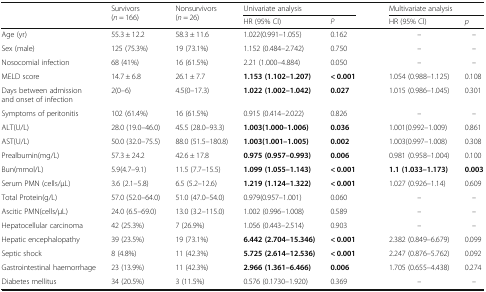
<table><thead><tr><td rowspan="2"></td><td rowspan="2"><b>Survivors(<i>n</i> = 166)</b></td><td rowspan="2"><b>Nonsurvivors(<i>n</i> = 26)</b></td><td colspan="2"><b>Univariate analysis</b></td><td rowspan="2"></td><td colspan="2"><b>Multivariate analysis</b></td></tr><tr><td><b>HR (95% Cl)</b></td><td><b><i>P</i></b></td><td><b>HR (95% Cl)</b></td><td><b><i>p</i></b></td></tr></thead><tbody><tr><td>Age (yr)</td><td>55.3 ± 12.2</td><td>58.3 ± 11.6</td><td>1.022(0.991–1.055)</td><td>0.162</td><td></td><td>–</td><td>–</td></tr><tr><td>Sex (male)</td><td>125 (75.3%)</td><td>19 (73.1%)</td><td>1.152 (0.484–2.742)</td><td>0.750</td><td></td><td>–</td><td>–</td></tr><tr><td>Nosocomial infection</td><td>68 (41%)</td><td>16 (61.5%)</td><td>2.21 (1.000–4.884)</td><td>0.050</td><td></td><td>–</td><td>–</td></tr><tr><td>MELD score</td><td>14.7 ± 6.8</td><td>26.1 ± 7.7</td><td><b>1.153 (1.102–1.207)</b></td><td><b>&lt; 0.001</b></td><td></td><td>1.054 (0.988–1.125)</td><td>0.108</td></tr><tr><td>Days between admission and onset of infection</td><td>2(0–6)</td><td>4.5(0–17.3)</td><td><b>1.022 (1.002–1.042)</b></td><td><b>0.027</b></td><td></td><td>1.015 (0.986–1.045)</td><td>0.301</td></tr><tr><td>Symptoms of peritonitis</td><td>102 (61.4%)</td><td>16 (61.5%)</td><td>0.915 (0.414–2.022)</td><td>0.826</td><td></td><td>–</td><td>–</td></tr><tr><td>ALT(U/L)</td><td>28.0 (19.0–46.0)</td><td>45.5 (28.0–93.3)</td><td><b>1.003(1.000–1.006)</b></td><td><b>0.036</b></td><td></td><td>1.001(0.992–1.009)</td><td>0.861</td></tr><tr><td>AST(U/L)</td><td>50.0 (32.0–75.5)</td><td>88.0 (51.5–180.8)</td><td><b>1.003(1.001–1.005)</b></td><td><b>0.002</b></td><td></td><td>1.003(0.997–1.008)</td><td>0.308</td></tr><tr><td>Prealbumin(mg/L)</td><td>57.3 ± 24.2</td><td>42.6 ± 17.8</td><td><b>0.975 (0.957–0.993)</b></td><td><b>0.006</b></td><td></td><td>0.981 (0.958–1.004)</td><td>0.100</td></tr><tr><td>Bun(mmol/L)</td><td>5.9(4.7–9.1)</td><td>11.5 (7.7–15.5)</td><td><b>1.099 (1.055–1.143)</b></td><td><b>&lt; 0.001</b></td><td></td><td><b>1.1 (1.033–1.173)</b></td><td><b>0.003</b></td></tr><tr><td>Serum PMN (cells/μL)</td><td>3.6 (2.1–5.8)</td><td>6.5 (5.2–12.6)</td><td><b>1.219 (1.124–1.322)</b></td><td><b>&lt; 0.001</b></td><td></td><td>1.027 (0.926–1.14)</td><td>0.609</td></tr><tr><td>Total Protein(g/L)</td><td>57.0 (52.0–64.0)</td><td>51.0 (47.0–54.0)</td><td>0.979(0.957–1.001)</td><td>0.060</td><td></td><td>–</td><td>–</td></tr><tr><td>Ascitic PMN(cells/μL)</td><td>24.0 (6.5–69.0)</td><td>13.0 (3.2–115.0)</td><td>1.002 (0.996–1.008)</td><td>0.589</td><td></td><td>–</td><td>–</td></tr><tr><td>Hepatocellular carcinoma</td><td>42 (25.3%)</td><td>7 (26.9%)</td><td>1.056 (0.443–2.514)</td><td>0.903</td><td></td><td>–</td><td>–</td></tr><tr><td>Hepatic encephalopathy</td><td>39 (23.5%)</td><td>19 (73.1%)</td><td><b>6.442 (2.704–15.346)</b></td><td><b>&lt; 0.001</b></td><td></td><td>2.382 (0.849–6.679)</td><td>0.099</td></tr><tr><td>Septic shock</td><td>8 (4.8%)</td><td>11 (42.3%)</td><td><b>5.725 (2.614–12.536)</b></td><td><b>&lt; 0.001</b></td><td></td><td>2.247 (0.876–5.762)</td><td>0.092</td></tr><tr><td>Gastrointestinal haemorrhage</td><td>23 (13.9%)</td><td>11 (42.3%)</td><td><b>2.966 (1.361–6.466)</b></td><td><b>0.006</b></td><td></td><td>1.705 (0.655–4.438)</td><td>0.274</td></tr><tr><td>Diabetes mellitus</td><td>34 (20.5%)</td><td>3 (11.5%)</td><td>0.576 (0.1730–1.920)</td><td>0.369</td><td></td><td>–</td><td>–</td></tr></tbody></table>